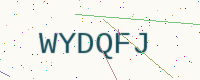
Text: WYDQFJ